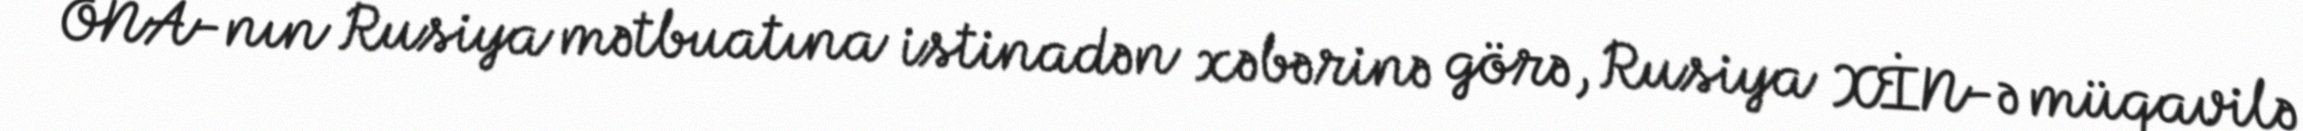
ONA-nın Rusiya mətbuatına istinadən xəbərinə görə, Rusiya XİN-ə müqavilə